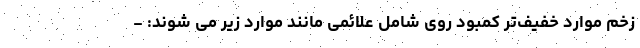
زخم موارد خفیف‌تر کمبود روی شامل علائمی مانند موارد زیر می شوند: -